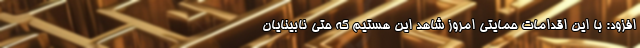
افزود: با این اقدامات حمایتی امروز شاهد این هستیم که حتی نابینایان